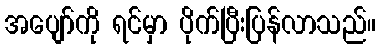
အပျော်ကို ရင်မှာ ပိုက်ပြီးပြန်လာသည်။